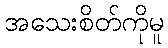
အသေးစိတ်ကိုမူ